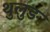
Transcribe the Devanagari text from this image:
थुलुङ